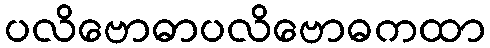
ပလိဗောဓာပလိဗောဓကထာ